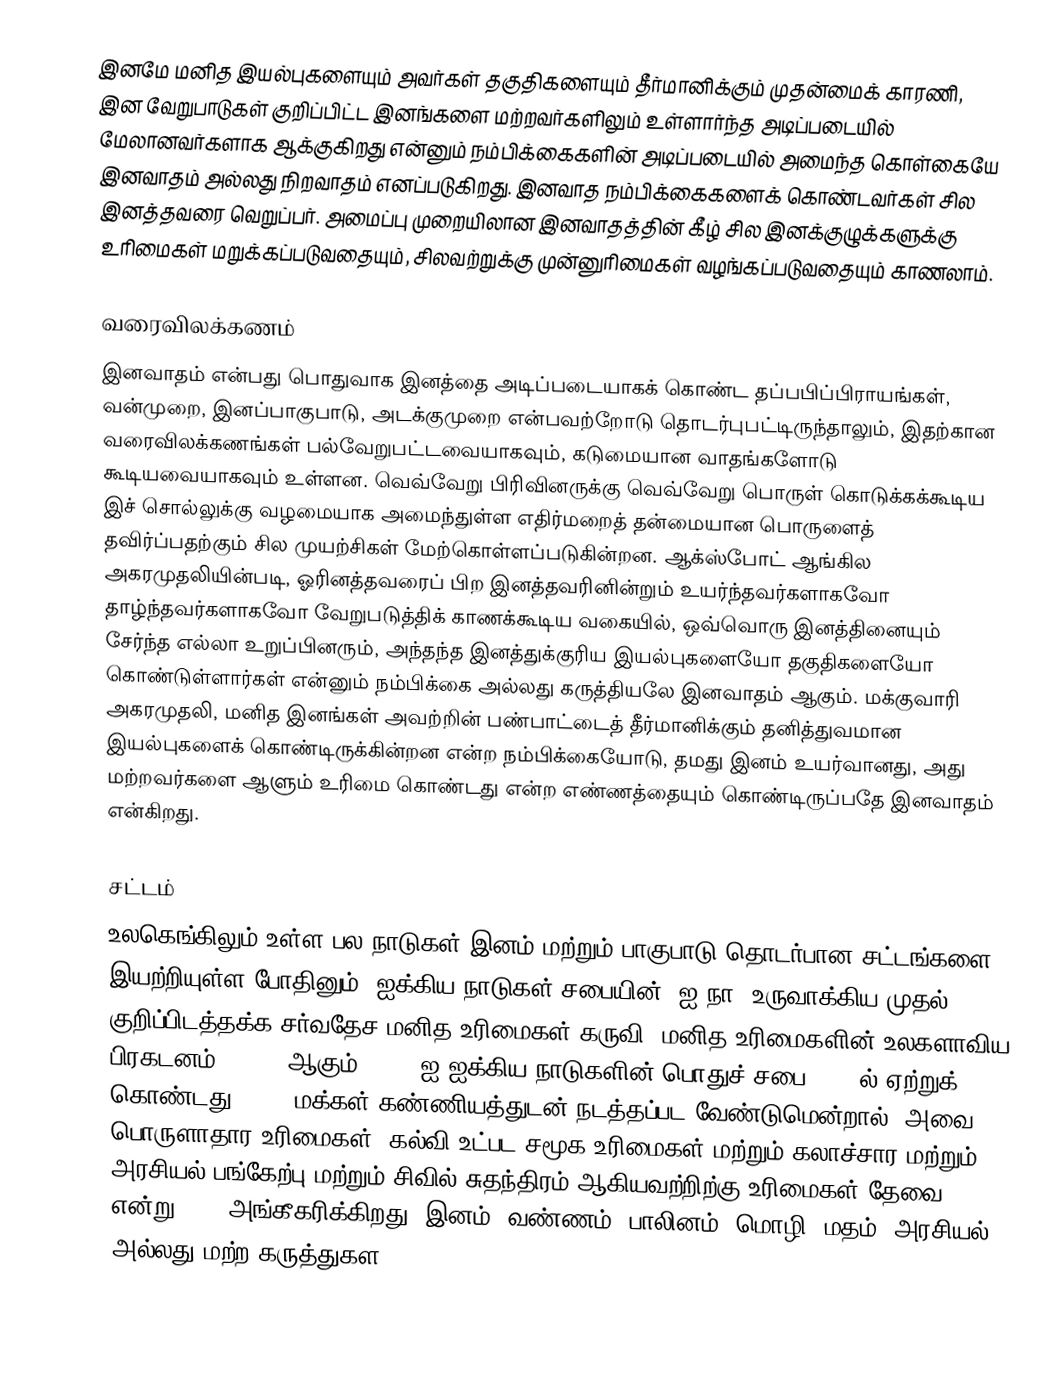
இனமே மனித இயல்புகளையும் அவர்கள் தகுதிகளையும் தீர்மானிக்கும் முதன்மைக் காரணி, இன வேறுபாடுகள் குறிப்பிட்ட இனங்களை மற்றவர்களிலும் உள்ளார்ந்த அடிப்படையில் மேலானவர்களாக ஆக்குகிறது என்னும் நம்பிக்கைகளின் அடிப்படையில் அமைந்த கொள்கையே இனவாதம் அல்லது நிறவாதம் எனப்படுகிறது. இனவாத நம்பிக்கைகளைக் கொண்டவர்கள் சில இனத்தவரை வெறுப்பர். அமைப்பு முறையிலான இனவாதத்தின் கீழ் சில இனக்குழுக்களுக்கு உரிமைகள் மறுக்கப்படுவதையும், சிலவற்றுக்கு முன்னுரிமைகள் வழங்கப்படுவதையும் காணலாம்.

வரைவிலக்கணம்
இனவாதம் என்பது பொதுவாக இனத்தை அடிப்படையாகக் கொண்ட தப்பபிப்பிராயங்கள், வன்முறை, இனப்பாகுபாடு, அடக்குமுறை என்பவற்றோடு தொடர்புபட்டிருந்தாலும், இதற்கான வரைவிலக்கணங்கள் பல்வேறுபட்டவையாகவும், கடுமையான வாதங்களோடு கூடியவையாகவும் உள்ளன. வெவ்வேறு பிரிவினருக்கு வெவ்வேறு பொருள் கொடுக்கக்கூடிய இச் சொல்லுக்கு வழமையாக அமைந்துள்ள எதிர்மறைத் தன்மையான பொருளைத் தவிர்ப்பதற்கும் சில முயற்சிகள் மேற்கொள்ளப்படுகின்றன. ஆக்ஸ்போட் ஆங்கில அகரமுதலியின்படி, ஓரினத்தவரைப் பிற இனத்தவரினின்றும் உயர்ந்தவர்களாகவோ தாழ்ந்தவர்களாகவோ வேறுபடுத்திக் காணக்கூடிய வகையில், ஒவ்வொரு இனத்தினையும் சேர்ந்த எல்லா உறுப்பினரும், அந்தந்த இனத்துக்குரிய இயல்புகளையோ தகுதிகளையோ கொண்டுள்ளார்கள் என்னும் நம்பிக்கை அல்லது கருத்தியலே இனவாதம் ஆகும். மக்குவாரி அகரமுதலி, மனித இனங்கள் அவற்றின் பண்பாட்டைத் தீர்மானிக்கும் தனித்துவமான இயல்புகளைக் கொண்டிருக்கின்றன என்ற நம்பிக்கையோடு, தமது இனம் உயர்வானது, அது மற்றவர்களை ஆளும் உரிமை கொண்டது என்ற எண்ணத்தையும் கொண்டிருப்பதே இனவாதம் என்கிறது.

சட்டம்
உலகெங்கிலும் உள்ள பல நாடுகள் இனம் மற்றும் பாகுபாடு தொடர்பான சட்டங்களை இயற்றியுள்ள போதினும், ஐக்கிய நாடுகள் சபையின் (ஐ.நா) உருவாக்கிய முதல் குறிப்பிடத்தக்க சர்வதேச மனித உரிமைகள் கருவி, மனித உரிமைகளின் உலகளாவிய பிரகடனம் (UDHR) ஆகும். UDHR ஐ ஐக்கிய நாடுகளின் பொதுச் சபை 1948 ல் ஏற்றுக் கொண்டது. UDHR மக்கள் கண்ணியத்துடன் நடத்தப்பட வேண்டுமென்றால், அவை பொருளாதார உரிமைகள், கல்வி உட்பட சமூக உரிமைகள் மற்றும் கலாச்சார மற்றும் அரசியல் பங்கேற்பு மற்றும் சிவில் சுதந்திரம் ஆகியவற்றிற்கு உரிமைகள் தேவை என்று UDHR அங்கீகரிக்கிறது. இனம், வண்ணம், பாலினம், மொழி, மதம், அரசியல் அல்லது மற்ற கருத்துகள